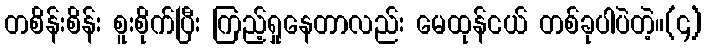
တစိန်းစိန်း စူးစိုက်ပြီး ကြည့်ရှုနေတာလည်း မေထုန်ငယ် တစ်ခုပါပဲတဲ့။(၄)